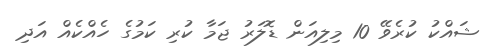
ޝައްކު ކުރެވޭ 10 މިލިއަން ޑޮލަރު ޖަމާ ކުރި ކަމުގެ ހެއްކެއް އަދި